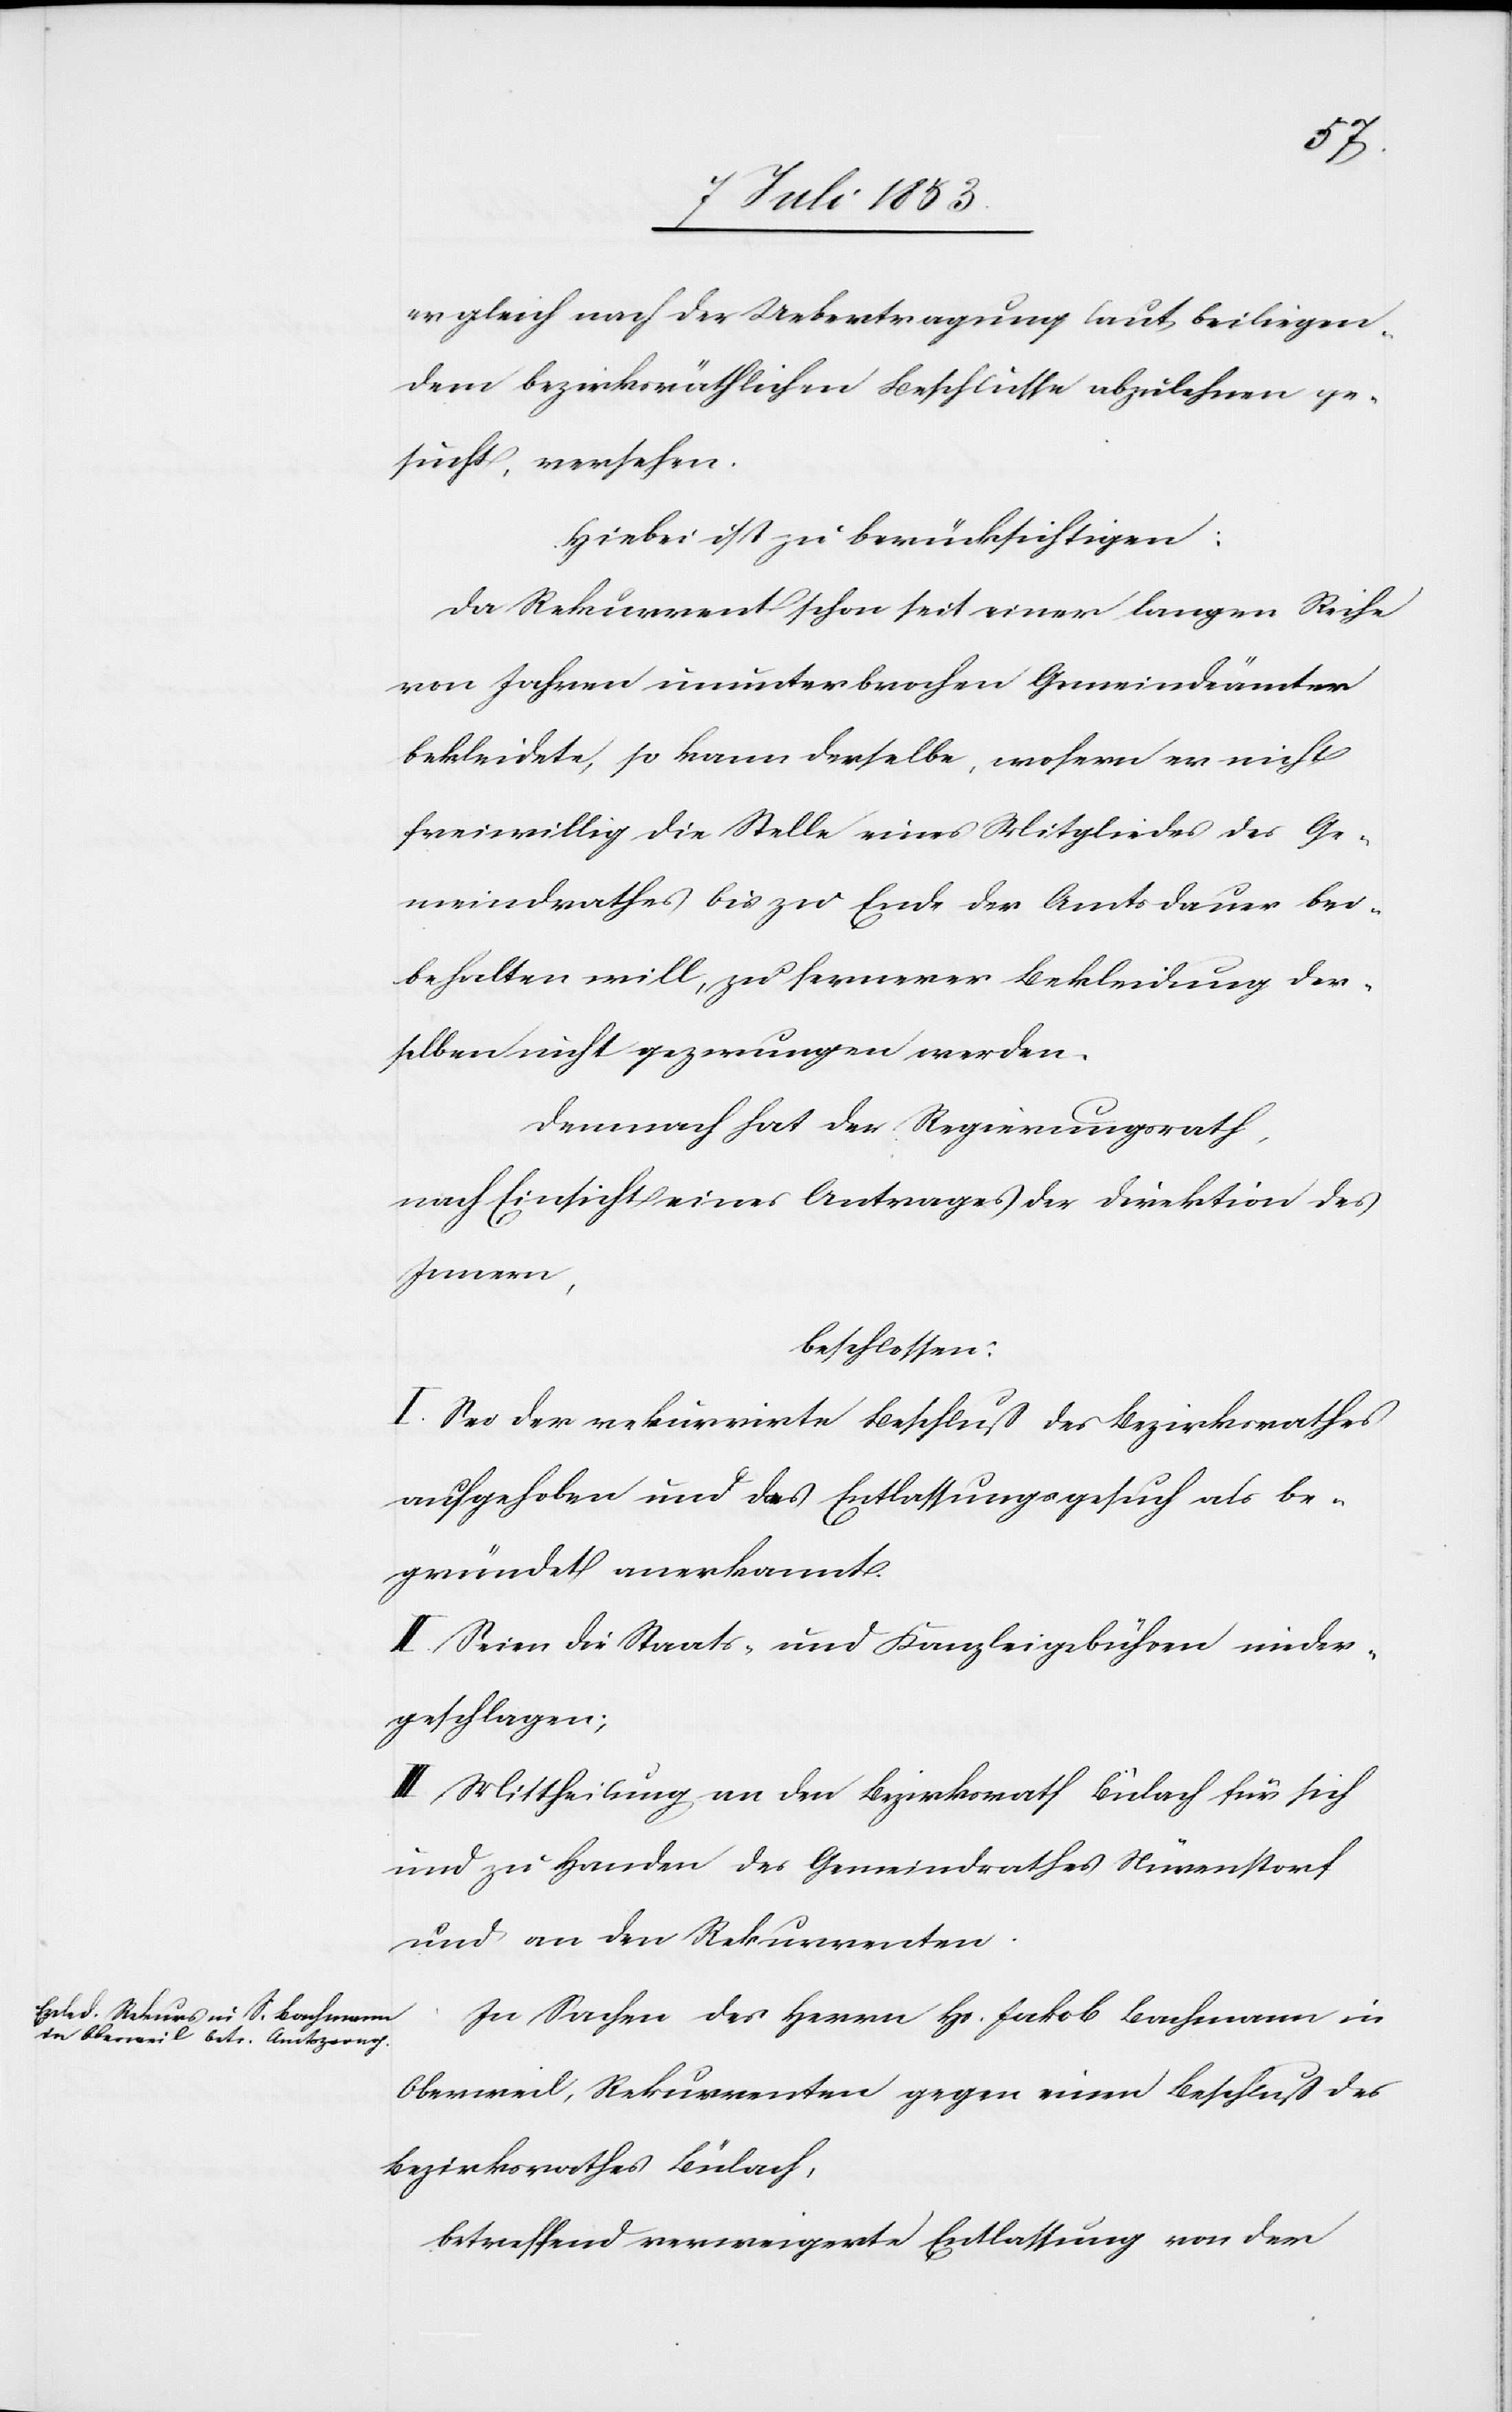
er gleich nach der Uebertragung laut beiliegen¬
dem bezirksräthlichen Beschlusse abzulehnen ge¬
sucht, versehen.
Hiebei ist zu berücksichtigen:
Da Rekurrent schon seit einer langen Reihe
von Jahren ununterbrochen Gemeindämter
bekleidet, so kann derselbe, wofern er nicht
freiwillig die Stelle eines Mitgliedes des Ge¬
meindrathes bis zu Ende der Amtsdauer bei¬
behalten will, zu fernerer Bekleidung der¬
selben nicht gezwungen werden.
Demnach hat der Regierungsrath,
nach Einsicht eines Antrages der Direktion des
Innern
beschlossen:
I. Sei der rekurrirte Beschluß des Bezirksrathes
aufgehoben und das Entlassungsgesuch als be¬
gründet anerkannt.
II. Seien die Staats- und Kanzleigebühren nieder¬
geschlagen;
III. Mittheilung an den Bezirksrath Bülach für sich
und zu Handen des Gemeindrathes Nürenstorf
und an den Rekurrenten.
In Sachen des Herrn Hs. Jakob Bachmann in
Oberweil, Rekurrenten gegen einen Beschluß des
Bezirksrathes Bülach,
betreffend verweigerte Entlassung von der